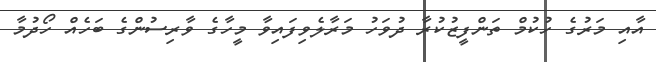
އާއި މަރުގެ ހުކުމް ތަންފީޒުކުރާ ދުވަހު މަރާލެވިފައިވާ މީހާގެ ވާރިސުންގެ ބަހެއް ހޯދުމާ